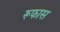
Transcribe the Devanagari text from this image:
रूफास